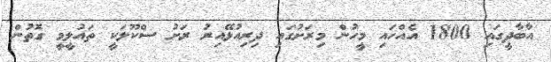
އާބާދީގައި 1800 އެއްހައި މީހުން މިރަށުގައި ދިރިއުޅޭއިރު ރަށު ސްކޫލަކީ ތައުލީމީ ގޮތުން